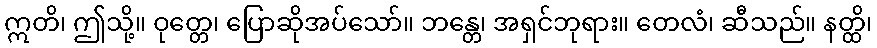
ဣတိ၊ ဤသို့။ ဝုတ္တေ၊ ပြောဆိုအပ်သော်။ ဘန္တေ၊ အရှင်ဘုရား။ တေလံ၊ ဆီသည်။ နတ္ထိ၊